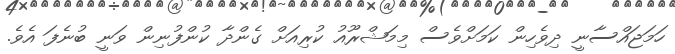
ހަމަޖައްސާނީ ދިވެހިން ކަަމަށްވެސް މިމަޝްރޫއު ކުރިއަށް ގެންދާ ކުންފުނިން ވަނީ ބުނެފަ އެވެ.